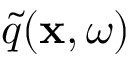
\widetilde { q } ( \mathbf { x } , \omega )